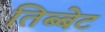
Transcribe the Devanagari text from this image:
तिब्बेट